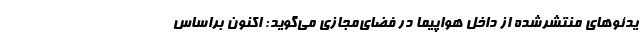
یدئوهای منتشرشده از داخل هواپیما در فضای‌مجازی می‌گوید: اکنون براساس